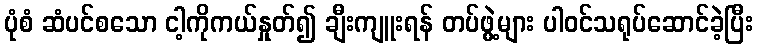
ပုံစံ ဆံပင်စသော ငါ့ကိုကယ်နှုတ်၍ ချီးကျူးရန် တပ်ဖွဲ့များ ပါဝင်သရုပ်ဆောင်ခဲ့ပြီး